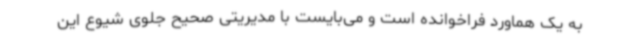
به یک هماورد فراخوانده است و می‌بایست با مدیریتی صحیح جلوی شیوع این